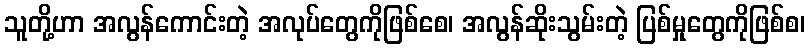
သူတို့ဟာ အလွန်ကောင်းတဲ့ အလုပ်တွေကိုဖြစ်စေ၊ အလွန်ဆိုးသွမ်းတဲ့ ပြစ်မှုတွေကိုဖြစ်စ၊